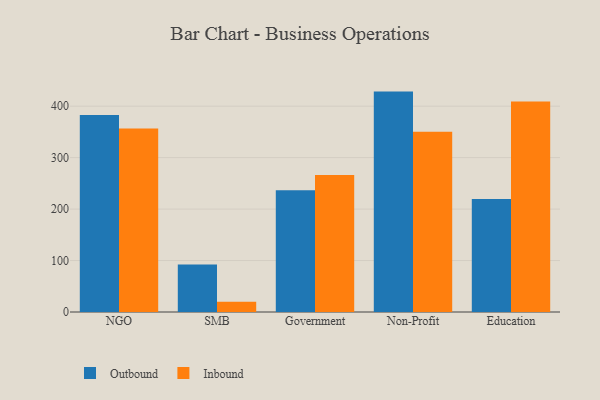
{"axis": {"x": "Segment", "y": "Satisfaction Score"}, "legend": ["Inbound", "Outbound"], "data": [{"x": "NGO", "y": 383.0, "type": "Outbound"}, {"x": "NGO", "y": 356.5, "type": "Inbound"}, {"x": "SMB", "y": 92.2, "type": "Outbound"}, {"x": "SMB", "y": 20.0, "type": "Inbound"}, {"x": "Government", "y": 236.7, "type": "Outbound"}, {"x": "Government", "y": 266.1, "type": "Inbound"}, {"x": "Non-Profit", "y": 428.3, "type": "Outbound"}, {"x": "Non-Profit", "y": 350.3, "type": "Inbound"}, {"x": "Education", "y": 219.6, "type": "Outbound"}, {"x": "Education", "y": 409.3, "type": "Inbound"}]}